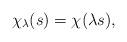
LaTeX: \begin{align*}\chi_\lambda(s)=\chi(\lambda s),\end{align*}